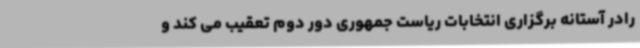
رادر آستانه برگزاری انتخابات ریاست جمهوری دور دوم تعقیب می کند و